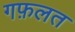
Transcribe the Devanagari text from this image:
गफ़लत